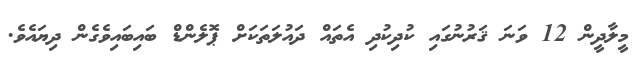
މީލާދީން 12 ވަނަ ޤަރުނުގައި ކުދިކުދި އެތައް ދައުލަތަކަށް ޕޮލެންޑް ބައިބައިވެގެން ދިޔައެވެ.